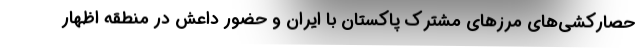
حصارکشی‌های مرزهای مشترک پاکستان با ایران و حضور داعش در منطقه اظهار